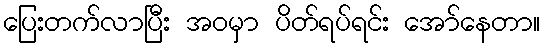
ပြေးတက်လာပြီး အဝမှာ ပိတ်ရပ်ရင်း အော်နေတာ။